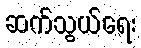
ဆက်သွယ်ရေး